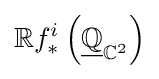
\mathbb {R} f_{*}^{i}\left({\underline {\mathbb {Q} }}_{\mathbb {C} ^{2}}\right)